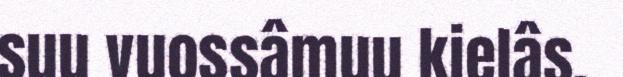
suu vuossâmuu kielâs.